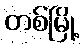
တစ်မြို့